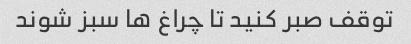
توقف صبر کنید تا چراغ ها سبز شوند